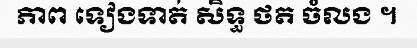
ភាព ទៀងទាត់ សិទ្ធ ថត ចំលង ។